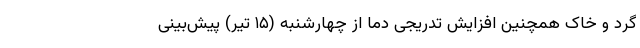
گرد و خاک همچنین افزایش تدریجی دما از چهارشنبه (۱۵ تیر) پیش‌بینی